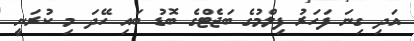
އަދި ގިނަ ފަހަރު ފިލްމުގެ ބަޖެޓްގެ ބޮޑު ބައި ހޭދަ މި ކުރަނީ